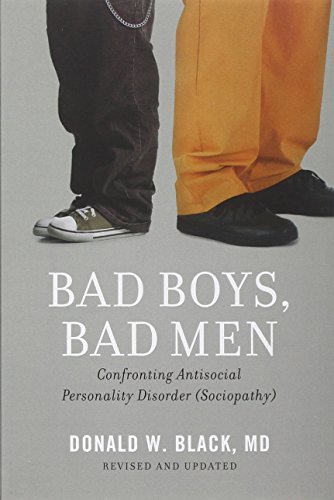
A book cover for Bad Boys, Bad Men: Confronting Antisocial Personality Disorder (Sociopathy); Donald W. Black; Health, Fitness & Dieting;